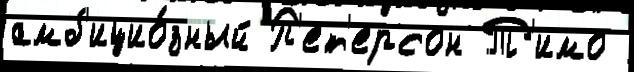
амб'ицио́зный П'ет'ерсон Т'имо